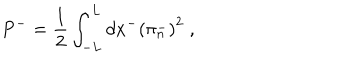
LaTeX: P ^ { - } = \frac { 1 } { 2 } \int _ { - L } ^ { L } d x ^ { - } \left( \pi _ { n } ^ { - } \right) ^ { 2 } \; ,